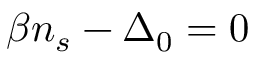
\beta n _ { s } - \Delta _ { 0 } = 0